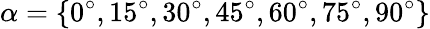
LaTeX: \alpha=\{ 0^{\circ},15^{\circ},30^{\circ},45^{\circ},60^{\circ},75^{\circ},90^{\circ}\}